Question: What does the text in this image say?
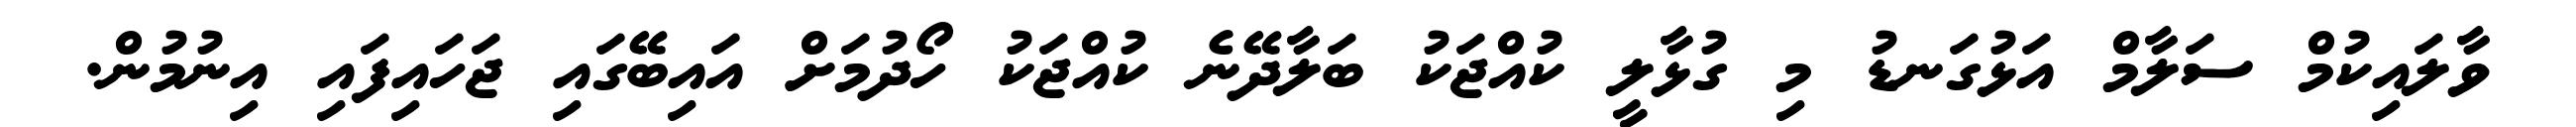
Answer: ވާލައިކުމް ސަލާމް އަޅުގަނޑު މި ގުޅާލީ ކުއްޖަކު ބަލާދޭނެ ކުއްޖަކު ހޯދުމަށް އައިބޭގައި ޖަހައިފައި އިނުމުން.